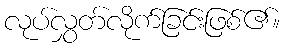
လုပ်လွှတ်လိုက်ခြင်းဖြစ်၏။